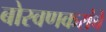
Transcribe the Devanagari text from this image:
बोरवणकरांचे